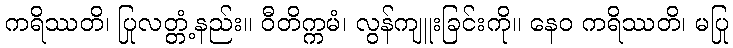
ကရိဿတိ၊ ပြုလတ္တံ့နည်း။ ဝီတိက္ကမံ၊ လွန်ကျူးခြင်းကို။ နေဝ ကရိဿတိ၊ မပြု